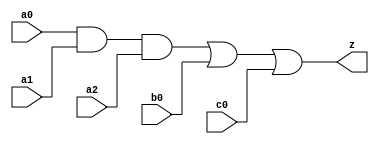
// This program was cloned from: https://github.com/siliconcompiler/lambdalib
// License: MIT License

//#############################################################################
//# Function: And-Or (ao311) Gate                                             #
//# Copyright: Lambda Project Authors. All rights Reserved.                   #
//# License:  MIT (see LICENSE file in Lambda repository)                     #
//#############################################################################

module la_ao311 #(
    parameter PROP = "DEFAULT"
) (
    input  a0,
    input  a1,
    input  a2,
    input  b0,
    input  c0,
    output z
);

    assign z = (a0 & a1 & a2) | b0 | c0;

endmodule